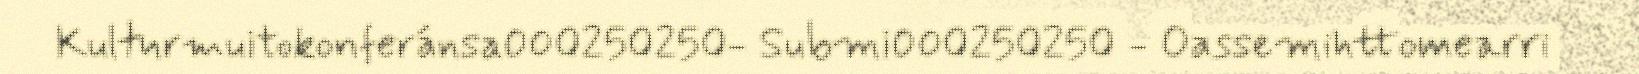
Kulturmuitokonferánsa000250250- Submi000250250 - Oassemihttomearri